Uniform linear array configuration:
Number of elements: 24
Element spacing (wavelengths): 0.25
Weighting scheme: binomial
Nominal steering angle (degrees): -30
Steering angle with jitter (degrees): -28.004
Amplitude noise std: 0.05
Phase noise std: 0.05

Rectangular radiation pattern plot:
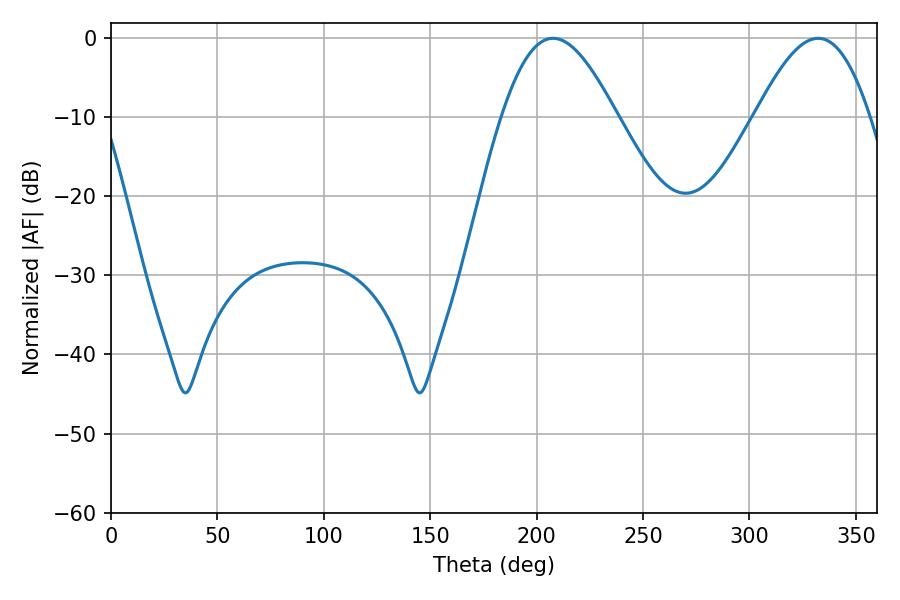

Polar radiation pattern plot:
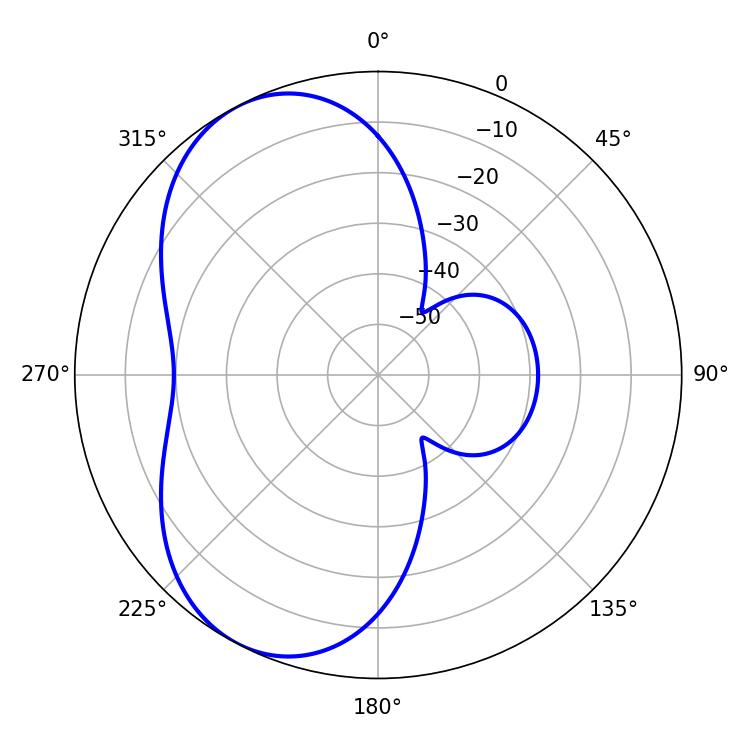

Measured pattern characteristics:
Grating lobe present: FALSE
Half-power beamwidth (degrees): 28.98
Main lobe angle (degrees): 207.72